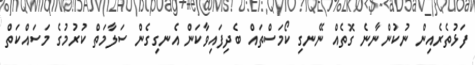
ފަޅުތެރެއިން ނުކުންނާނެ ގޮތެއް ނޭނގި ކޯމަސްތައް ބެދިފައިވާކަން އެނގިގެން ސަލާމަތް ކުރުމުގެ މަސައްކަތް